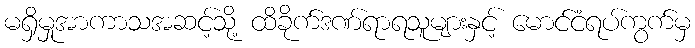
မရှိမှုအာကာသအဆင့်သို့ ထိခိုက်ဒဏ်ရာရသူများနှင့် မောင်ငံရပ်ကွက်မှ